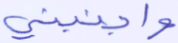
واجنبني